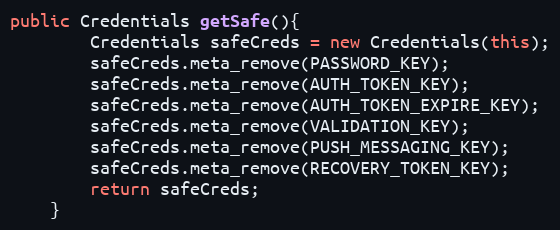
Language: Java
public Credentials getSafe(){
        Credentials safeCreds = new Credentials(this);
        safeCreds.meta_remove(PASSWORD_KEY);
        safeCreds.meta_remove(AUTH_TOKEN_KEY);
        safeCreds.meta_remove(AUTH_TOKEN_EXPIRE_KEY);
        safeCreds.meta_remove(VALIDATION_KEY);
        safeCreds.meta_remove(PUSH_MESSAGING_KEY);
        safeCreds.meta_remove(RECOVERY_TOKEN_KEY);
        return safeCreds;
    }